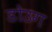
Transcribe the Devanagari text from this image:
डोउग